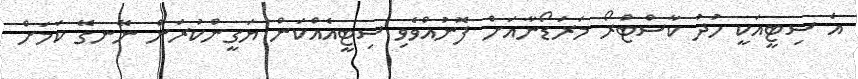
އެ ސިޓީއަކީ ހުދު ކާސްޓްރޯ މަރަޑޯނާއަށް ފޮނުއްވެވި ސިޓީއެއްކަން ޔަގީންކުރަން ނޭނގޭ ކަމަށް